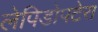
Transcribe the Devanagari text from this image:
लेपिडोपटेरा